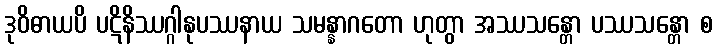
ဒုဝိဓာယပိ ပဋိနိဿဂ္ဂါနုပဿနာယ သမန္နာဂတော ဟုတွာ အဿသန္တော ပဿသန္တော စ